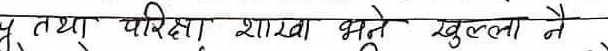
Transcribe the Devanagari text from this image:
पू तथा परिक्षा शाखा भन्ने खुल्ला नै